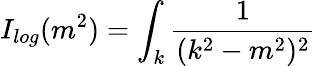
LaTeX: I_{log}(m^{2})=\int_{k}\frac{1}{(k^{2}-m^{2})^{2}}